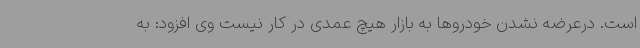
است. درعرضه نشدن خودروها به بازار هیچ عمدی در کار نیست وی افزود: به